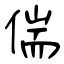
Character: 偳